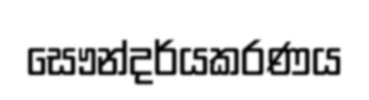
සෞන්දර්යකරණය